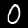
Digit: 0